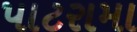
પાટરામા